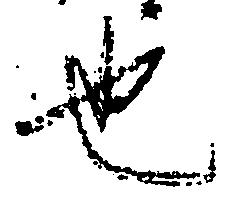
也